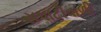
સપાટીવાળી